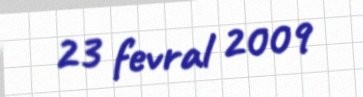
23 fevral 2009